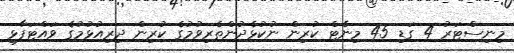
މިނިސްޓަރު 4 ގަޑި 45 މިނެޓް ކުރިން ނުކުޅެދުންތެރިވުމުގެ ކުރިން ދިރިއުޅުމުގެ ވައްޓަފާޅި